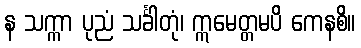
န သက္ကာ ပုညံ သင်္ခါတုံ၊ ဣမေတ္တမပိ ကေနစိ။